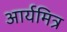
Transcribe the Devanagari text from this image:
आर्यमित्र